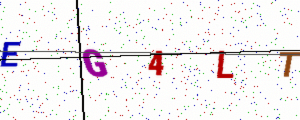
Text: EG4LT